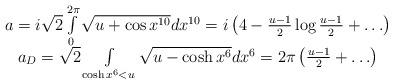
LaTeX: \begin{align*}\begin{array}{c}a={i\sqrt{2}} \int\limits_0^{2\pi}\sqrt{u+\cos x^{10}}dx^{10}=i\left(4-{u-1\over 2}\log{u-1\over 2}+\ldots\right)\\a_D=\sqrt{2} \int\limits_{\cosh x^6<u}\sqrt{u-\cosh x^6}dx^6=2\pi\left({u-1\over 2}+\ldots\right)\end{array}\end{align*}